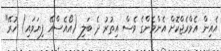
އެއިން އެވްރެޖްކޮށް އެންމެންގެ ވެސް އިތުރު ދެ ބަލި (އޯއެސްއޭ ފިޔަވައި) ހުރޭ"